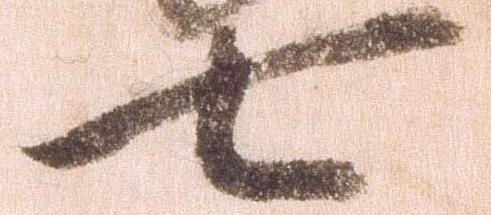
七